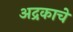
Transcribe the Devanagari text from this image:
अद्रकाचे